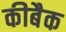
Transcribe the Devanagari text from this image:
कीबैक